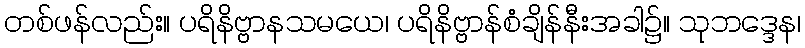
တစ်ဖန်လည်း။ ပရိနိဗ္ဗာနသမယေ၊ ပရိနိဗ္ဗာန်စံချိန်နီးအခါ၌။ သုဘဒ္ဒေန၊